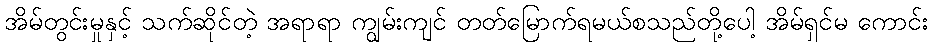
အိမ်တွင်းမှုနှင့် သက်ဆိုင်တဲ့ အရာရာ ကျွမ်းကျင် တတ်မြောက်ရမယ်စသည်တို့ပေါ့ အိမ်ရှင်မ ကောင်း